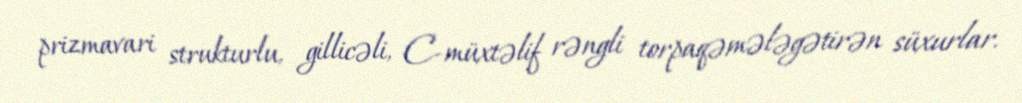
prizmavari strukturlu, gillicəli, C-müxtəlif rəngli torpaqəmələgətirən süxurlar.